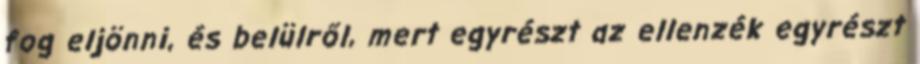
fog eljönni, és belülről, mert egyrészt az ellenzék egyrészt